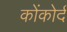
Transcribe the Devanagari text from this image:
कोंकोर्द